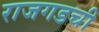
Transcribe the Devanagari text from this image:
राजगडची